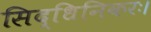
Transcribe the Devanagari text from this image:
सिद्धिनिकरः।